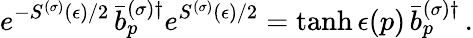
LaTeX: e^{-S^{(\sigma)}(\epsilon)/2}\, \bar{b}_{p}^{(\sigma)\dagger}e^{S^{(\sigma)}(\epsilon)/2}=\operatorname{tanh}\epsilon(p)\, \bar{b}_{p}^{(\sigma)\dagger}\, .